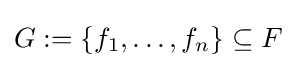
G:=\{f_{1},\dots ,f_{n}\}\subseteq F